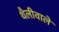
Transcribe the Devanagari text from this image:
थैलीवाले